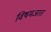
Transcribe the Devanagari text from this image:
विषमजात